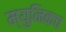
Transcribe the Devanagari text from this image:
म्युनिकच